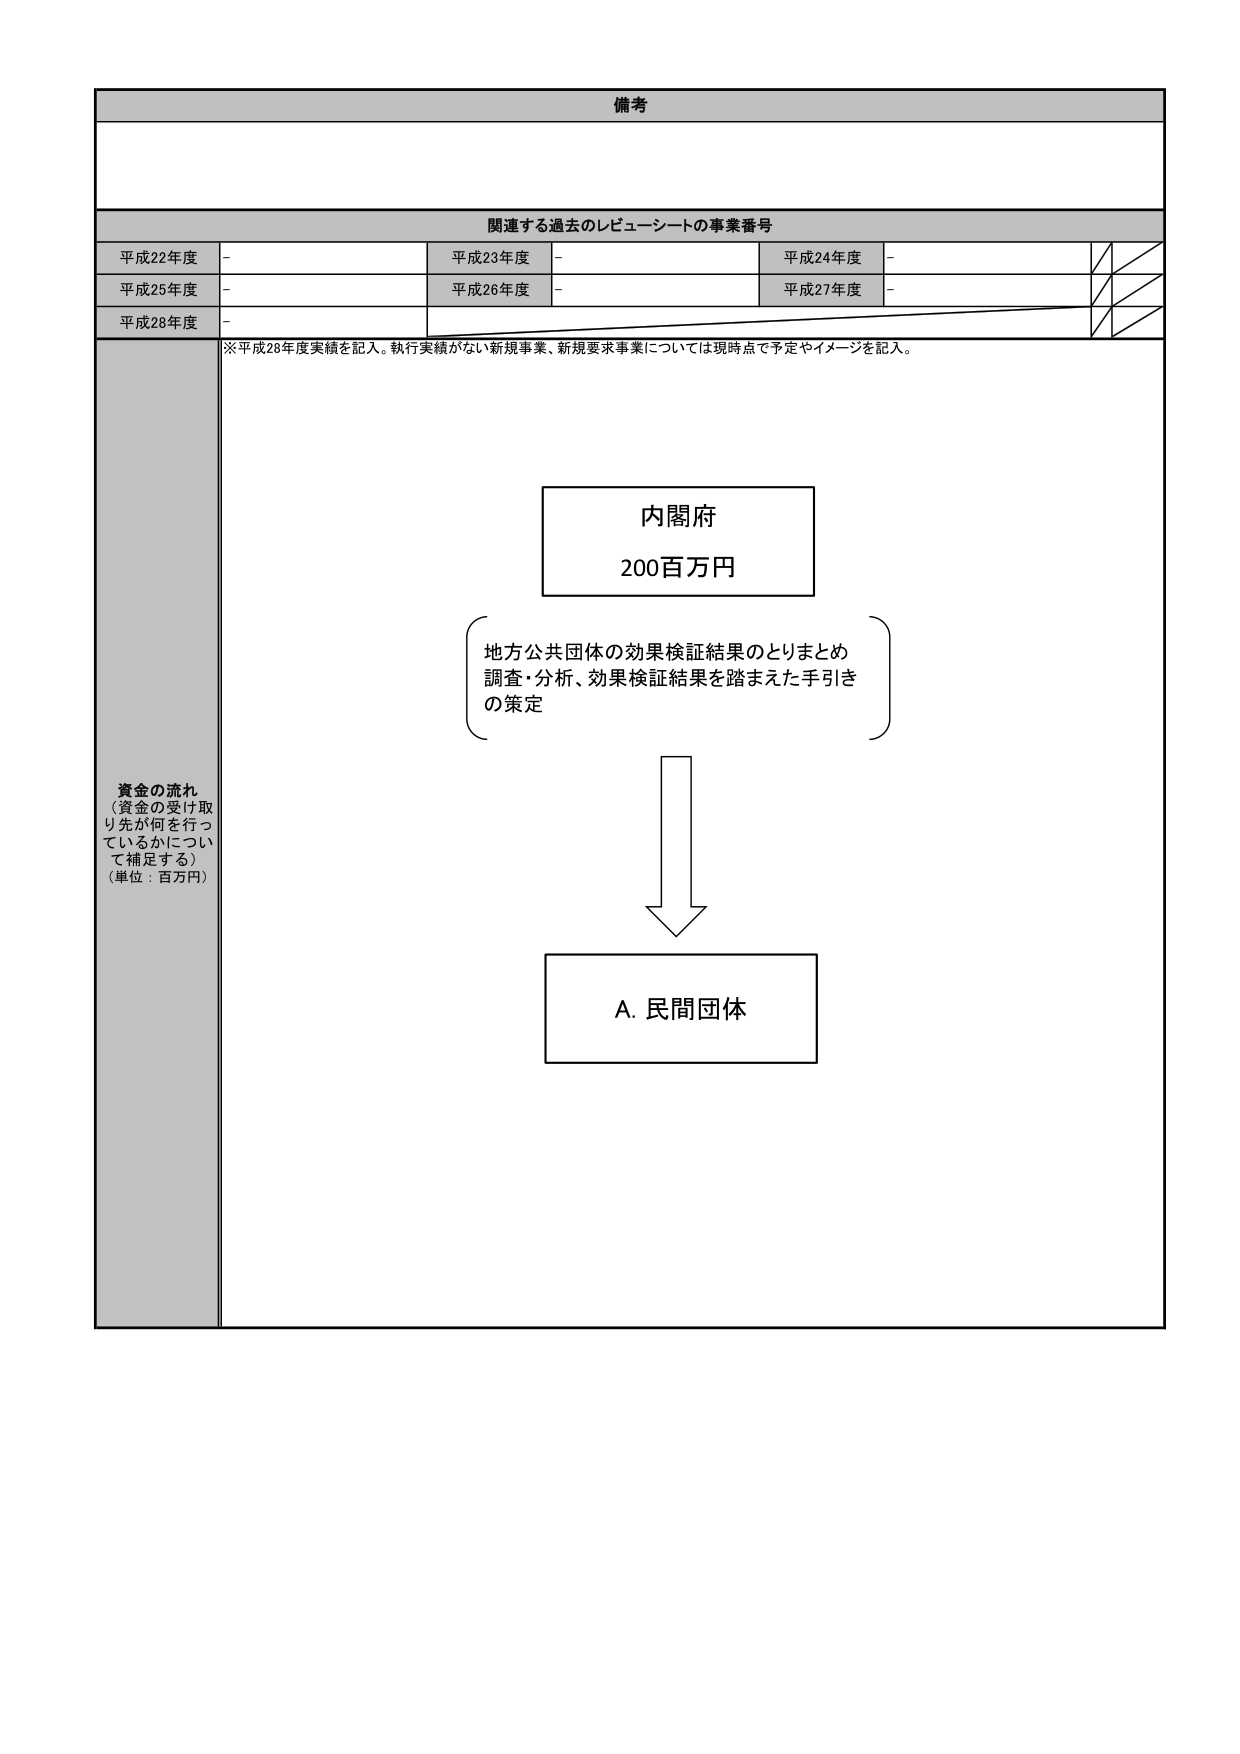
備考

関連する過去のレビューーシートの事業番号
平成22年度 -
平成23年度 -
平成24年度 -
平成25年度 -
平成26年度 -
平成27年度 -
平成28年度 -

※平成28年度実績を記入。執行実績がない新規事業、新規要求事業については現時点で予定やイメージを記入。

資金の流れ
（資金の受け取り先が何を行っているかについて補足する）
（単位：百万円）

内閣府
200百万円

地方公共団体の効果検証結果のとりまとめ
調査・分析、効果検証結果を踏まえた手引き
の策定

A. 民間団体